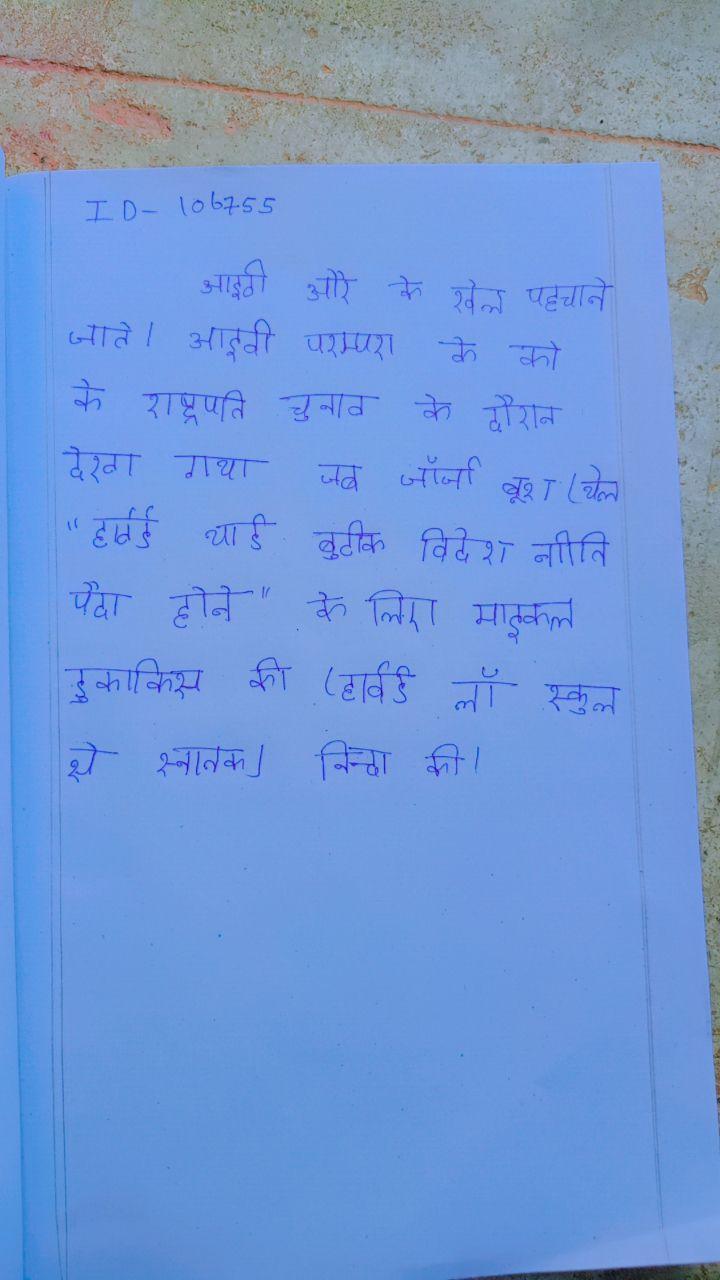
आइवी और के खेल पहचाने जाते । आइवी परम्परा के को के राष्ट्रपति चुनाव के दौरान देखा गया जब जॉर्ज बूश (येल "हार्वर्ड यार्ड बुटीक विदेश नीति के पैदा होने" के लिए माइकल डुकाकिस की (हार्वर्ड लॉ स्कूल से स्नातक) निन्दा की ।